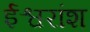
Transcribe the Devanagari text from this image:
ईश्वरांश